画像に写った文字を読んでください
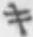
「キ」と書いてあります